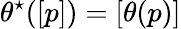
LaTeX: {\theta^{\star}([p])=[\theta(p)]}